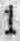
1